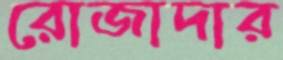
রোজাদার